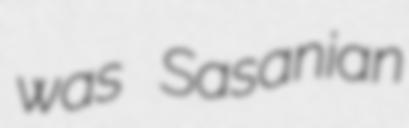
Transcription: was Sasanian